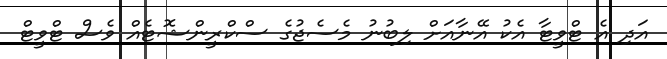
އަދި އެ ޓްވީޓާ އެކު އޭނާއަށް ލިބުނު މެސެޖުގެ ސްކްރީންޝޮޓެއް ވެސް ޓްވީޓް